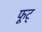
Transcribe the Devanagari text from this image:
फूट्